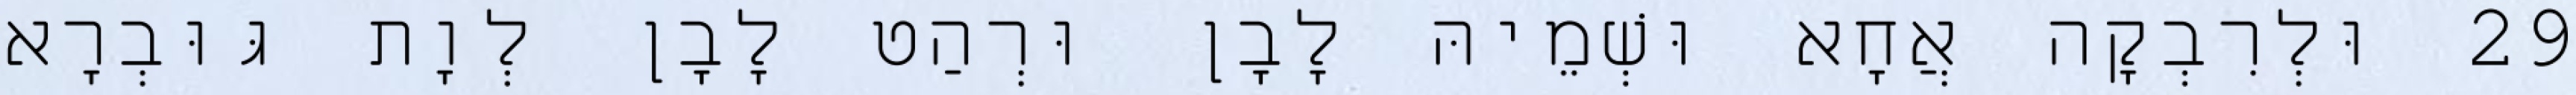
29 וּלְרִבְקָה אֲחָא וּשְׁמֵיהּ לָבָן וּרְהַט לָבָן לְוָת גּוּבְרָא